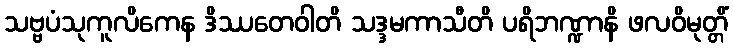
သဗ္ဗပံသုကူလိကေန ဒိဿတေဝါတိ သဒ္ဒမကာသီတိ ပရိဘဏ္ဍာနိ ဖလဝိမုတ္တိံ